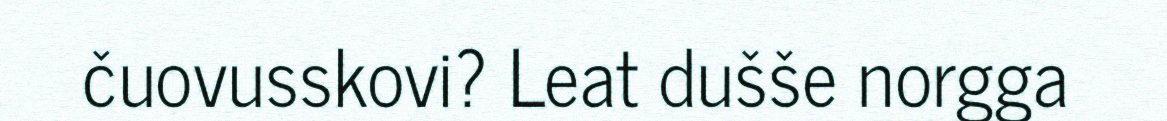
čuovusskovi? Leat dušše norgga